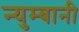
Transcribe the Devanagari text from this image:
न्युम्बानी